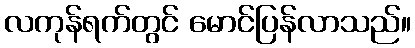
လကုန်ရက်တွင် မောင်ပြန်လာသည်။